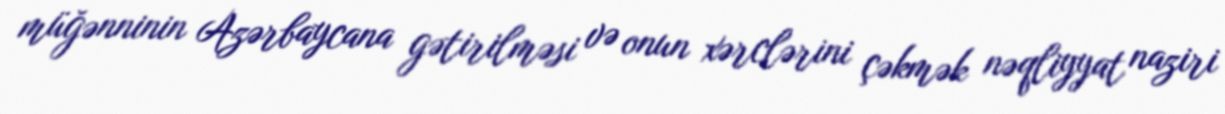
müğənninin Azərbaycana gətirilməsi və onun xərclərini çəkmək nəqliyyat naziri